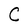
Character: C